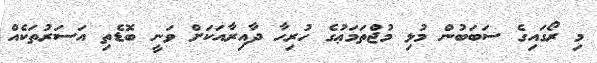
މި ރޯގައިގެ ސަބަބުން މުޅި މުޖްތަމަޢުގެ ހުރިހާ ދާއިރާއަކަށް ވަނީ ބޮޑެތި އަސަރުތަކެއް